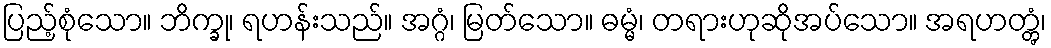
ပြည့်စုံသော။ ဘိက္ခု၊ ရဟန်းသည်။ အဂ္ဂံ၊ မြတ်သော။ ဓမ္မံ၊ တရားဟုဆိုအပ်သော။ အရဟတ္တွံ၊